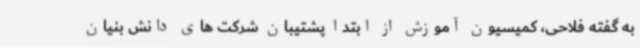
به گفته فلاحی، کمیسیون آموزش از ابتدا پشتیبان شرکت های دانش بنیان